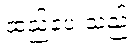
ထည့်ပေးသည်